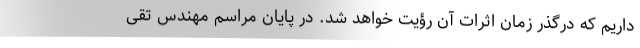
داریم که درگذر زمان اثرات آن رؤیت خواهد شد. در پایان مراسم مهندس تقی